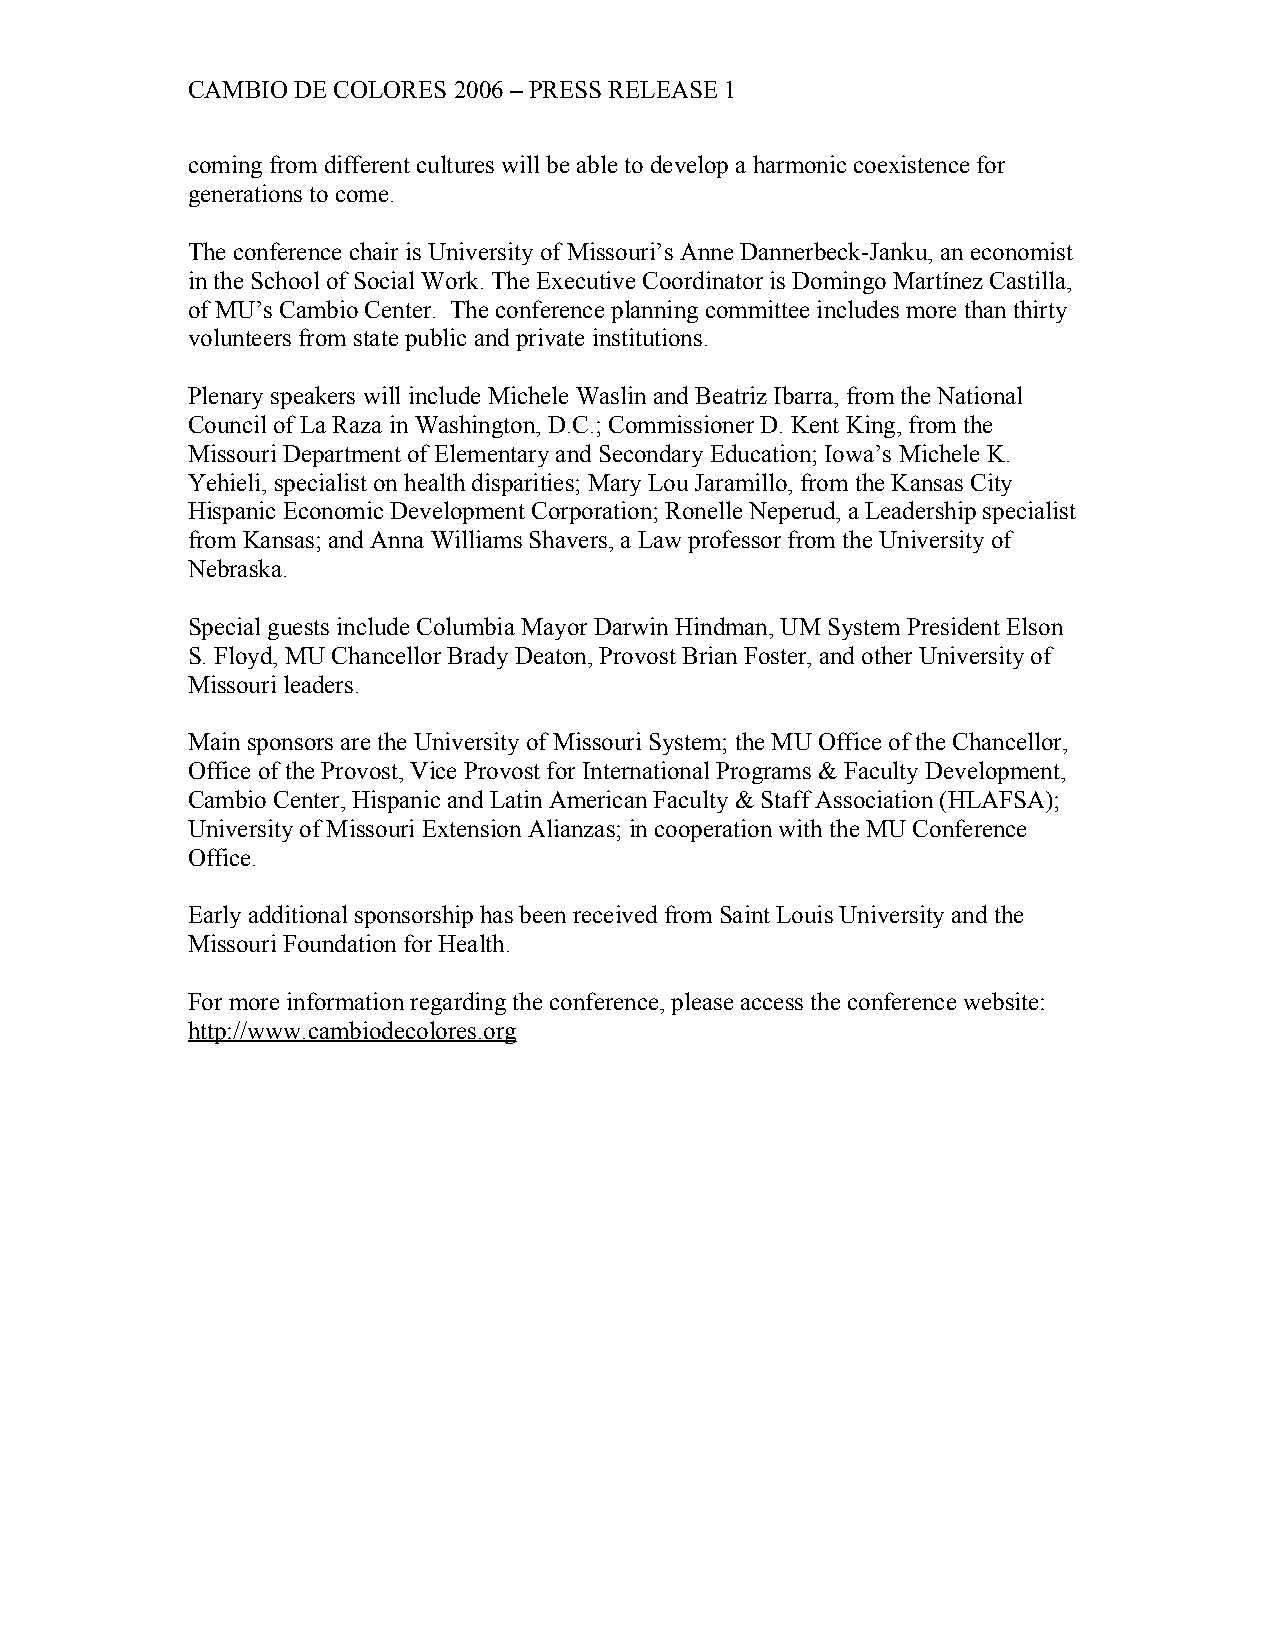
CAMBIO DE COLORES 2006 – PRESS RELEASE 1
 coming from different cultures will be able to develop a harmonic coexistence for
 generations to come.
 The conference chair is University of Missouri’s Anne Dannerbeck-Janku, an economist
 in the School of Social Work. The Executive Coordinator is Domingo Martínez Castilla,
 of MU’s Cambio Center. The conference planning committee includes more than thirty
 volunteers from state public and private institutions.
 Plenary speakers will include Michele Waslin and Beatriz Ibarra, from the National
 Council of La Raza in Washington, D.C.; Commissioner D. Kent King, from the
 Missouri Department of Elementary and Secondary Education; Iowa’s Michele K.
 Yehieli, specialist on health disparities; Mary Lou Jaramillo, from the Kansas City
 Hispanic Economic Development Corporation; Ronelle Neperud, a Leadership specialist
 from Kansas; and Anna Williams Shavers, a Law professor from the University of
 Nebraska.
 Special guests include Columbia Mayor Darwin Hindman, UM System President Elson
 S. Floyd, MU Chancellor Brady Deaton, Provost Brian Foster, and other University of
 Missouri leaders.
 Main sponsors are the University of Missouri System; the MU Office of the Chancellor,
 Office of the Provost, Vice Provost for International Programs & Faculty Development,
 Cambio Center, Hispanic and Latin American Faculty & Staff Association (HLAFSA);
 University of Missouri Extension Alianzas; in cooperation with the MU Conference
 Office.
 Early additional sponsorship has been received from Saint Louis University and the
 Missouri Foundation for Health.
 For more information regarding the conference, please access the conference website:
 http://www.cambiodecolores.org